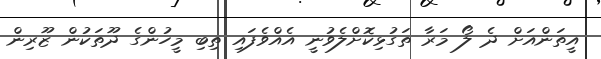
އީތަންއަށް ދެ ލޯ މަރާ ތަގުޅިކޮށްލެވުނީ އެއްވެފައި ތިބި މީހުންގެ ދޫތަކުން ޒޫރިން